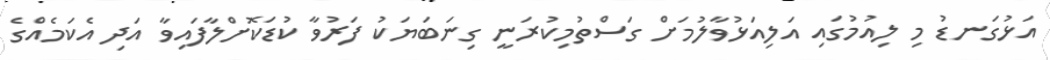
އަޅުގަނޑު މި ލިއުމުގައި އަލިއަޅުވާލުމަށް ގަސްތުމިކުރަނީ ގިނަބަޔަކު ފަރުވާ ކުޑަކޮށްލާފައިވާ އަދި އެކަމެއްގެ